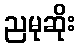
ညမုဆိုး